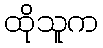
ထိုသူက